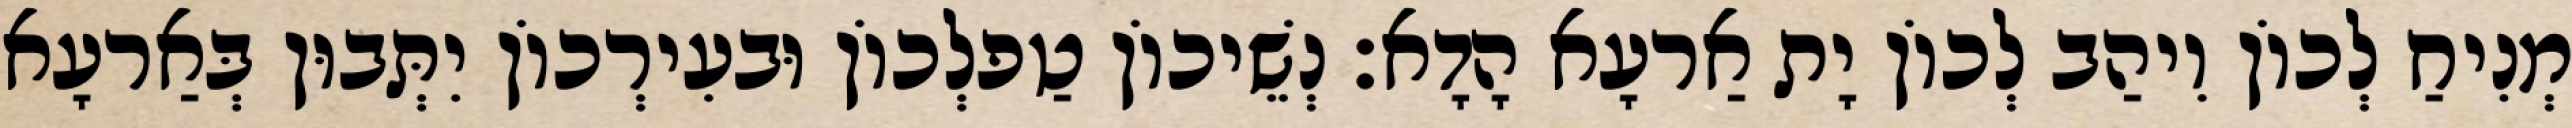
מְנִיחַ לְכוֹן וִיהַב לְכוֹן יָת אַרעָא הָדָא׃ נְשֵׁיכוֹן טַפלְכוֹן וּבעִירְכוֹן יִתְּבוּן בְּאַרעָא